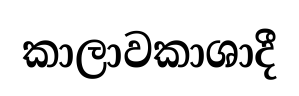
කාලාවකාශාදී